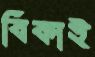
বিকাই